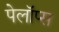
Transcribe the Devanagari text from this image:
पेलॉप्स